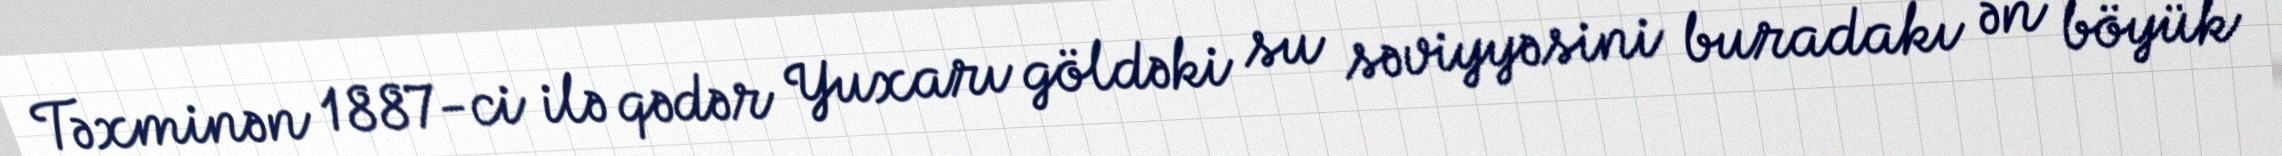
Təxminən 1887-ci ilə qədər Yuxarı göldəki su səviyyəsini buradakı ən böyük